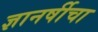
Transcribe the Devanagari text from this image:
ज्ञानर्षीचा